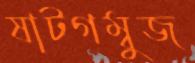
ষাটগম্বুজ